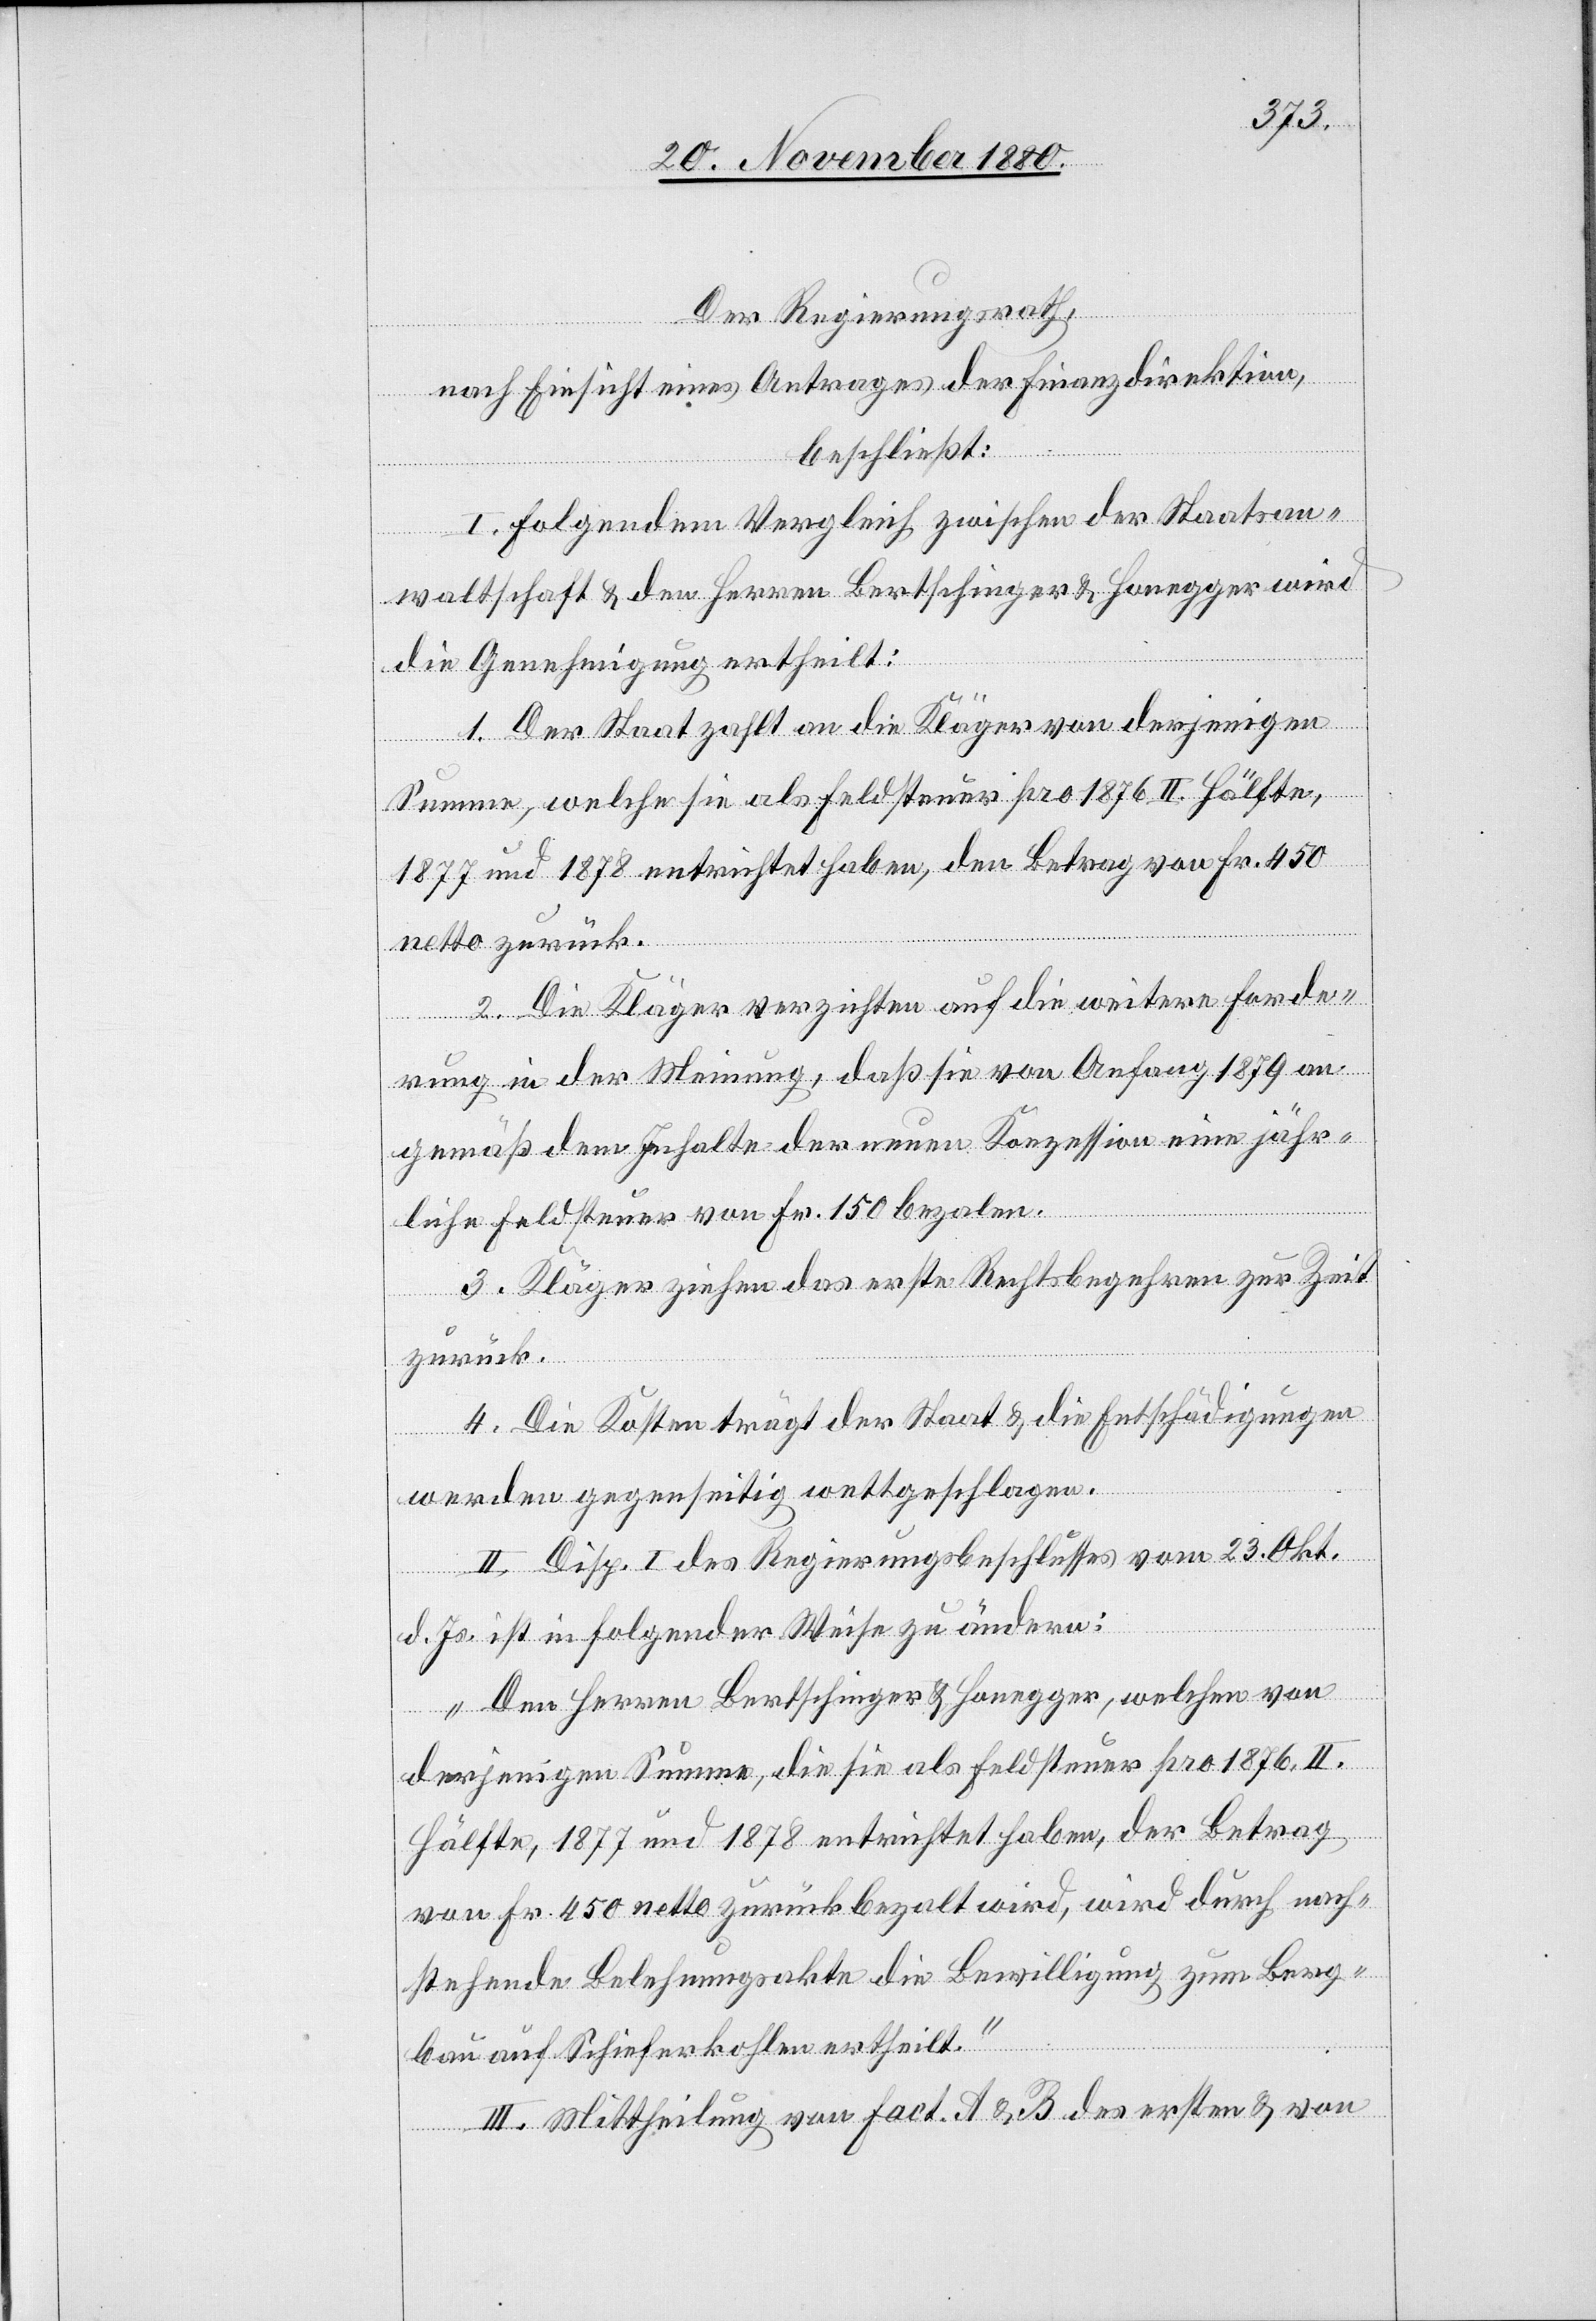
Der Regierungsrath,
nach Einsicht eines Antrages der Finanzdirektion,
beschließt:
I. Folgendem Vergleich zwischen der Staatsan¬
waltschaft & den Herren Bertschinger & Honegger wird
die Genehmigung ertheilt:
1. Der Staat zahlt an die Kläger von derjenigen
Summe, welche sie als Feldsteuer pro 1876 II. Hälfte,
1877 und 1878 entrichtet haben, den Betrag von Fr. 450
netto zurück.
2. Die Kläger verzichten auf die weitere Forde¬
rung in der Meinung, daß sie von Anfang 1879 an
gemäß dem Inhalte der neuen Konzession eine jähr¬
liche Feldsteuer von Fr. 150 bezalen.
3. Kläger ziehen das erste Rechtsbegehren zur Zeit
zurück.
4. Die Kosten trägt der Staat & die Entschädigungen
werden gegenseitig wettgeschlagen.
II. Disp. I. des Regierungsbeschlusses vom 23. Okt.
d. Js. ist in folgender Weise zu ändern:
„Den Herren Bertschinger & Honegger, welchen von
derjenigen Summe, die sie als Feldsteuer pro 1876 II.
Hälfte, 1877 und 1878 entrichtet haben, der Betrag
von Fr. 450 netto zurückbezalt wird, wird durch nach¬
stehende Belehnungsakte die Bewilligung zum Berg¬
bau auf Schieferkohlen ertheilt.“
III. Mittheilung von Fact. A & B des ersten & von